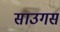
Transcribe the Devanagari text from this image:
साउगस